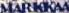
MARKKAA